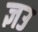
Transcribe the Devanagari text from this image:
ज्ञउ